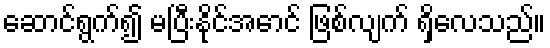
ဆောင်ရွက်၍ မပြီးနိုင်အောင် ဖြစ်လျက် ရှိလေသည်။